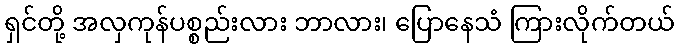
ရှင်တို့ အလှကုန်ပစ္စည်းလား ဘာလား၊ ပြောနေသံ ကြားလိုက်တယ်